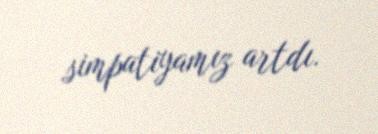
simpatiyamız artdı.